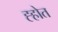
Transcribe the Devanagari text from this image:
ह्होत